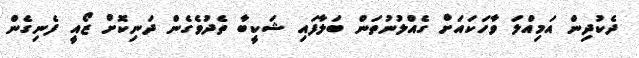
ދެކުދިން އަމިއްލަ ވާހަކައަށް ގެއްލުނުތަން ބަލާފައި ޝަކީބާ ތެދުވެގެން ދަނިކޮށް ޒޯއީ ފެނިގެން